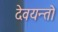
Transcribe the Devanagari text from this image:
देवयन्तो